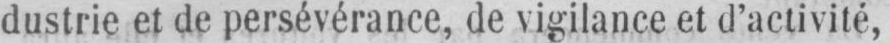
dustrie et de persévérance, de vigilance et d’activité,